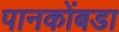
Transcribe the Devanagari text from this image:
पानकोंबडा